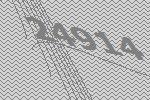
24914